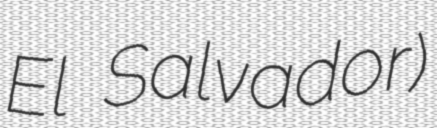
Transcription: El Salvador)